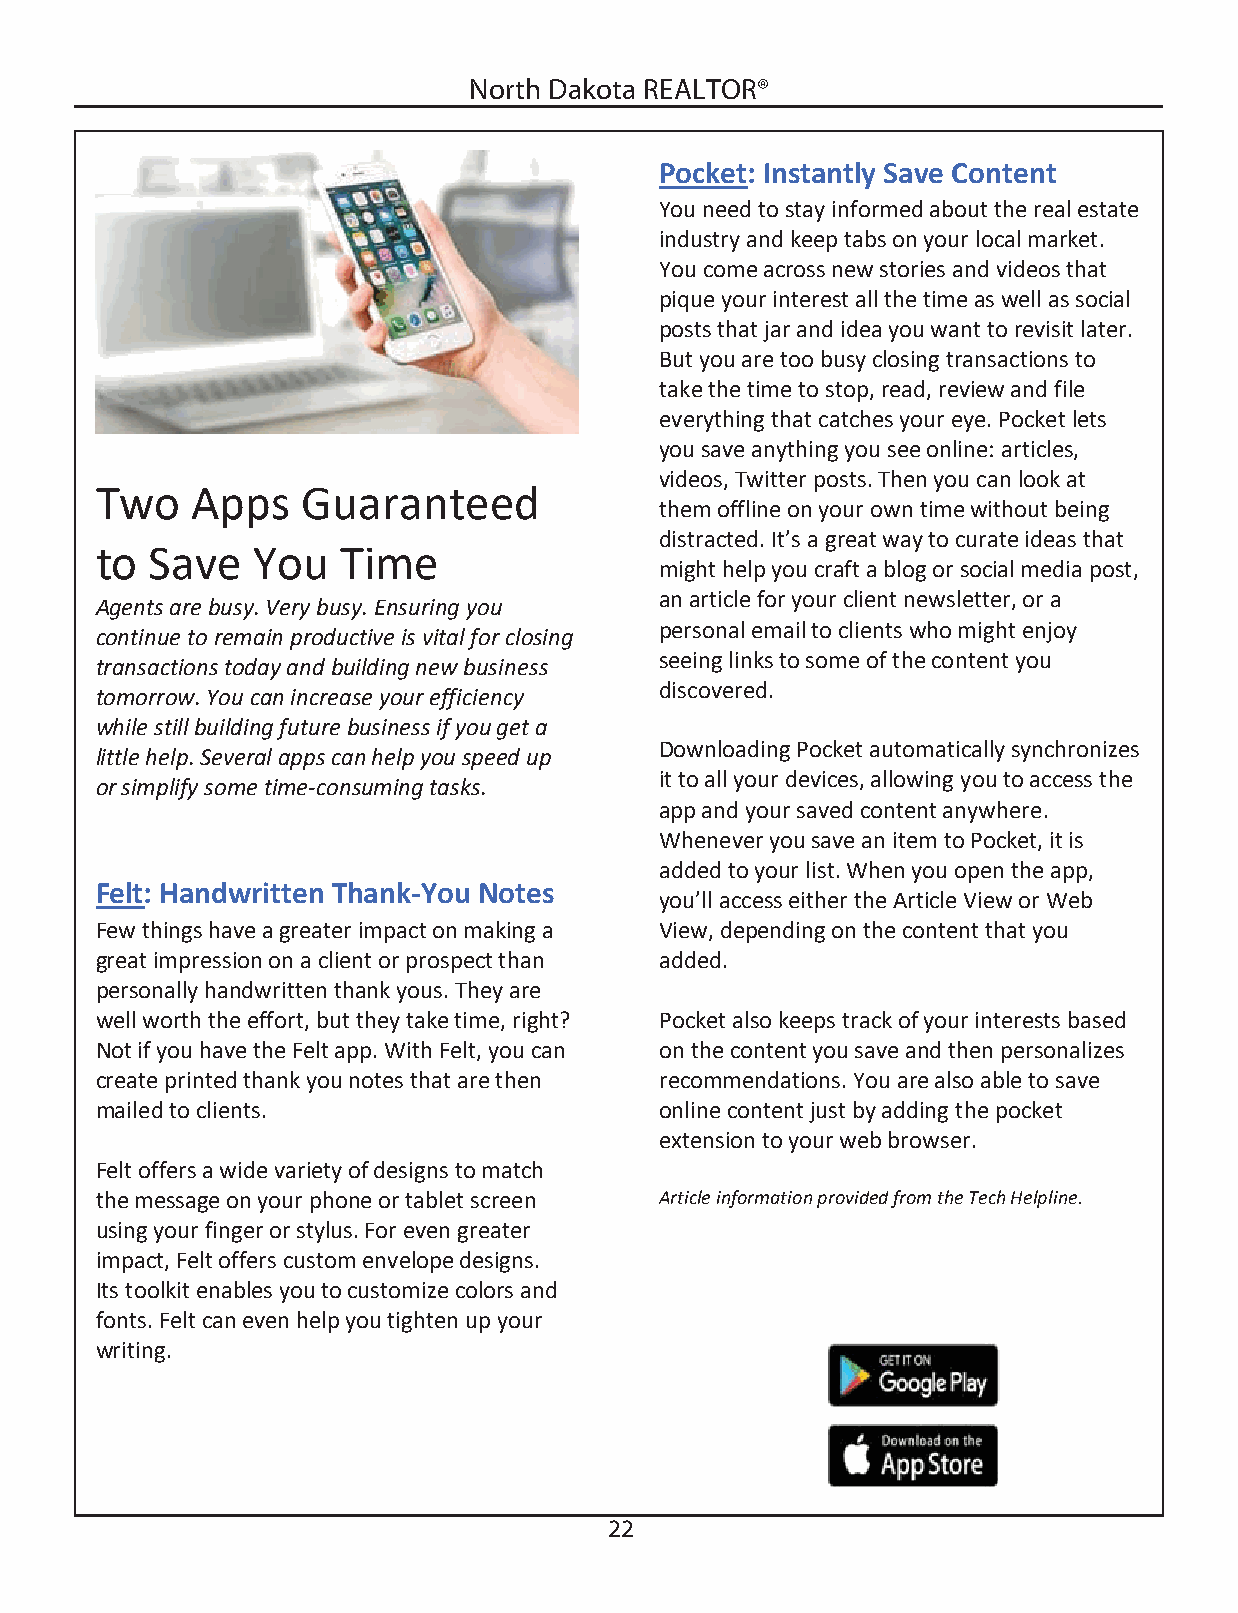
North Dakota REALTOR®
 Pocket: Instantly Save Content
 You need to stay informed about the real estate
 industry and keep tabs on your local market.
 You come across new stories and videos that
 pique your interest all the time as well as social
 posts that jar and idea you want to revisit later.
 But you are too busy closing transactions to
 take the time to stop, read, review and file
 everything that catches your eye. Pocket lets
 you save anything you see online: articles,
 videos, Twitter posts. Then you can look at
 Two    Apps   Guaranteed
 them offline on your own time without being
 distracted. It’s a great way to curate ideas that
 to  Save   You  Time
 might help you craft a blog or social media post,
 an article for your client newsletter, or a
 Agents are busy. Very busy. Ensuring you
 personal email to clients who might enjoy
 continue to remain productive is vital for closing
 seeing links to some of the content you
 transactions today and building new business
 discovered.
 tomorrow. You can increase your efficiency
 while still building future business if you get a
 Downloading Pocket automatically synchronizes
 little help. Several apps can help you speed up
 it to all your devices, allowing you to access the
 or simplify some time-consuming tasks.
 app and your saved content anywhere.
 Whenever you save an item to Pocket, it is
 added to your list. When you open the app,
 Felt: Handwritten Thank-You Notes
 you’ll access either the Article View or Web
 Few things have a greater impact on making a View, depending on the content that you
 great impression on a client or prospect than added.
 personally handwritten thank yous. They are
 well worth the effort, but they take time, right? Pocket also keeps track of your interests based
 Not if you have the Felt app. With Felt, you can on the content you save and then personalizes
 create printed thank you notes that are then recommendations. You are also able to save
 mailed to clients.                    online content just by adding the pocket
 extension to your web browser.
 Felt offers a wide variety of designs to match
 the message on your phone or tablet screen Article information provided from the Tech Helpline.
 using your finger or stylus. For even greater
 impact, Felt offers custom envelope designs.
 Its toolkit enables you to customize colors and
 fonts. Felt can even help you tighten up your
 writing.
 22